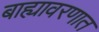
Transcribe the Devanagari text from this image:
बाह्यावरणात